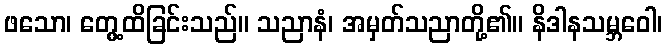
ဖသော၊ တွေ့ထိခြင်းသည်။ သညာနံ၊ အမှတ်သညာတို့၏။ နိဒါနသမ္ဘဝေါ၊